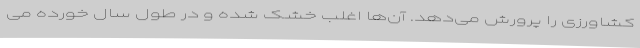
کشاورزی را پرورش می‌دهد. آن‌ها اغلب خشک شده و در طول سال خورده می